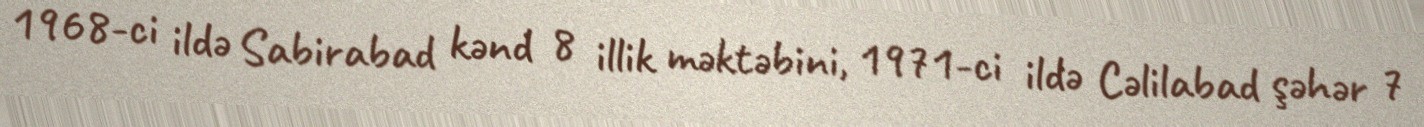
1968-ci ildə Sabirabad kənd 8 illik məktəbini, 1971-ci ildə Cəlilabad şəhər 7